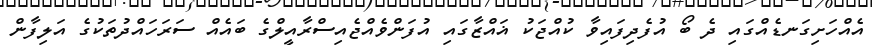
އެއްހަށިގަނޑެއްގައި ދެ ބޯ އުފެދިފައިވާ ކުއްޖަކު ޣައްޒާގައި އުފަންވެއްޖެއިސްރާއީލްގެ ބައެއް ސަރަހައްދުތަކުގެ އަލިފާން